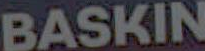
BASKIN